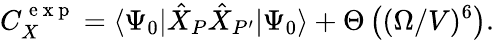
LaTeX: C_{X}^{\mathrm{~e~x~p~}}=\langle\Psi_{0}|\hat{X}_{P}\hat{X}_{P^{\prime}}|\Psi_{0}\rangle+\Theta\left((\Omega/V)^{6}\right).